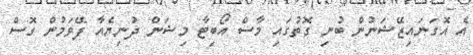
އެ އޮގަނައިޒޭޝަނުން ބުނި ގޮތުގައި މާސް އޯބިޓާ މިޝަން ދުނިޔެއާ ފޭވަމުން ގޮސް